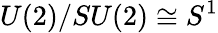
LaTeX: U(2)/SU(2)\cong S^{1}